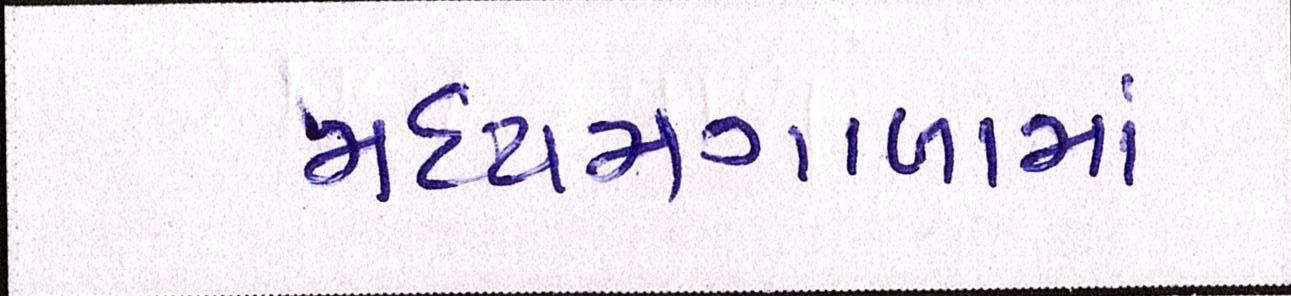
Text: મધ્યમગાળામાં